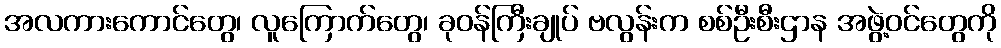
အလကားကောင်တွေ၊ လူကြောက်တွေ၊ ခုဝန်ကြီးချုပ် ဗလွန်းက စစ်ဦးစီးဌာန အဖွဲ့ဝင်တွေကို